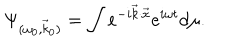
\Psi _ { ( \omega _ { 0 } , \vec { k } _ { 0 } ) } = \int e ^ { - i \vec { k } { \cdot } \vec { x } } e ^ { i \omega t } d \mu .